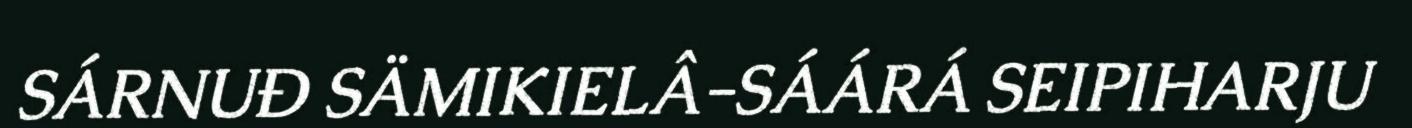
SÁRNUĐ SÄMIKIELÂ-SÁÁRÁ SEIPIHARJU